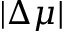
| \Delta \mu |